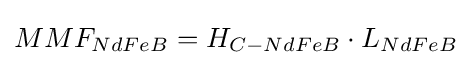
MMF_{NdFeB}=H_{C-NdFeB}\cdot L_{NdFeB}